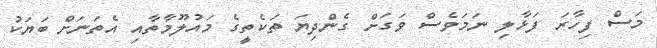
މަސް ފިހާރަ ފަޅާލި ނަމަވެސް ވަގަށް ގެންދިޔަ ތަކެތީގެ މައުލޫމާތާއި އެތަނަށް ބަޔަކު